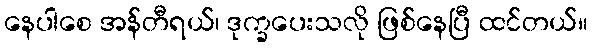
နေပါစေ အန်တီရယ်၊ ဒုက္ခပေးသလို ဖြစ်နေပြီ ထင်တယ်။